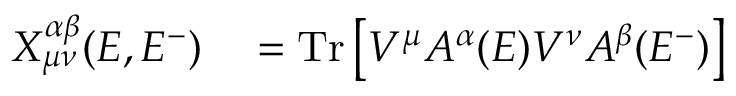
\begin{array} { r l } { X _ { \mu \nu } ^ { \alpha \beta } ( E , E ^ { - } ) } & { { } = \operatorname { T r } \left[ V ^ { \mu } A ^ { \alpha } ( E ) V ^ { \nu } A ^ { \beta } ( E ^ { - } ) \right] } \end{array}